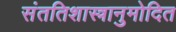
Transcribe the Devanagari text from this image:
संततिशास्त्रानुमोदित